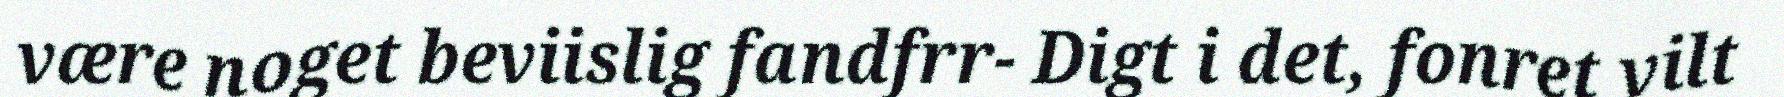
være noget beviislig fandfrr- Digt i det, fonret vilt